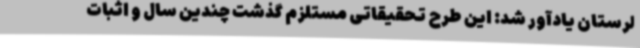
لرستان ‌یادآور شد: این طرح تحقیقاتی مستلزم گذشت چندین سال و اثبات